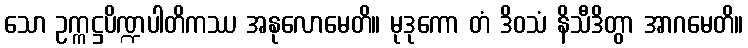
သော ဥက္ကဋ္ဌပိဏ္ဍပါတိကဿ အနုလောမေတိ။ မုဒုကော တံ ဒိဝသံ နိသီဒိတွာ အာဂမေတိ။